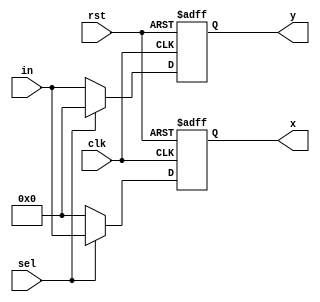
module demux (clk,rst,x,y,in, sel);
input clk,rst;
output reg [9:0] y;
output reg [9:0] x;
input [9:0] in;
input sel;

always @(posedge clk, posedge rst) begin 
  if(rst) begin
    x<=10'd0;
    y<=10'd0;
  end
else begin
  if(sel==1'b0)
    begin 
      y =in;
      x =10'b0;
    end
  else if(sel==1'b1)
    begin
      x =in;
      y =10'b0;
    end
  end
end
endmodule

module demux_tb;
  reg sel;
  reg [9:0] in;
  reg clk;
  reg rst;
  
  wire [9:0] y;
  wire [9:0] x;
  demux uut (
    .clk(clk),
    .rst(rst),
    .x(x),
    .y(y),
    .in(in),
    .sel(sel)
  );
  
localparam CLK_PERIOD = 100;
localparam RUNNING_CYCLES = 100;
initial begin
  clk = 0;
  repeat (2*RUNNING_CYCLES) begin
    #(CLK_PERIOD/2) ;
    clk = ~clk;
  end
end
  
localparam RST_DURATION = 25;
initial begin
  rst = 1;
  #(RST_DURATION) ;
  rst = 0;
end
  
  
  initial begin 
    sel=0;
    in=1;
  end 
  
  initial begin 
    repeat (30) begin
      #(CLK_PERIOD/2) ;
      sel=sel+1'b1;
    end
  end
  
  
endmodule